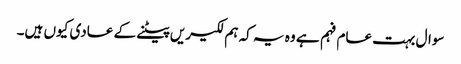
سوال بہت عام فہم ہے وہ یہ کہ ہم لکیریں پیٹنے کے عادی کیوں ہیں۔